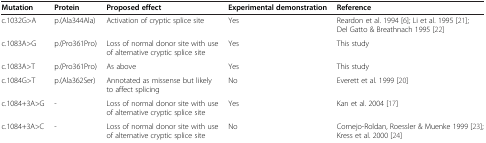
<table><thead><tr><td><b>Mutation</b></td><td><b>Protein</b></td><td><b>Proposed effect</b></td><td><b>Experimental demonstration</b></td><td><b>Reference</b></td></tr></thead><tbody><tr><td>c.1032G&gt;A</td><td>p.(Ala344Ala)</td><td>Activation of cryptic splice site</td><td>Yes</td><td>Reardon et al. 1994 [6]; Li et al. 1995 [21]; Del Gatto &amp; Breathnach 1995 [22]</td></tr><tr><td>c.1083A&gt;G</td><td>p.(Pro361Pro)</td><td>Loss of normal donor site with use of alternative cryptic splice site</td><td>Yes</td><td>This study</td></tr><tr><td>c.1083A&gt;T</td><td>p.(Pro361Pro)</td><td>As above</td><td>Yes</td><td>This study</td></tr><tr><td>c.1084G&gt;T</td><td>p.(Ala362Ser)</td><td>Annotated as missense but likely to affect splicing</td><td>No</td><td>Everett et al. 1999 [20]</td></tr><tr><td>c.1084+3A&gt;G</td><td>-</td><td>Loss of normal donor site with use of alternative cryptic splice site</td><td>Yes</td><td>Kan et al. 2004 [17]</td></tr><tr><td>c.1084+3A&gt;C</td><td>-</td><td>Loss of normal donor site with use of alternative cryptic splice site</td><td>No</td><td>Cornejo-Roldan, Roessler &amp; Muenke 1999 [23]; Kress et al. 2000 [24]</td></tr></tbody></table>